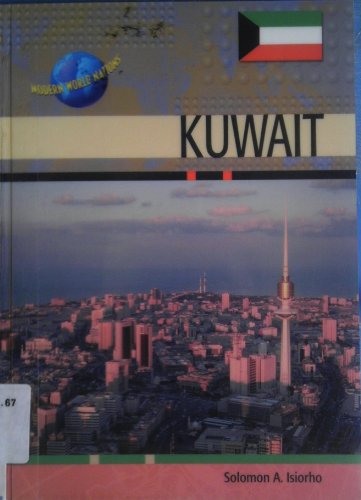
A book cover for Kuwait (Modern World Nations); Solomon A. Isiorho; History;